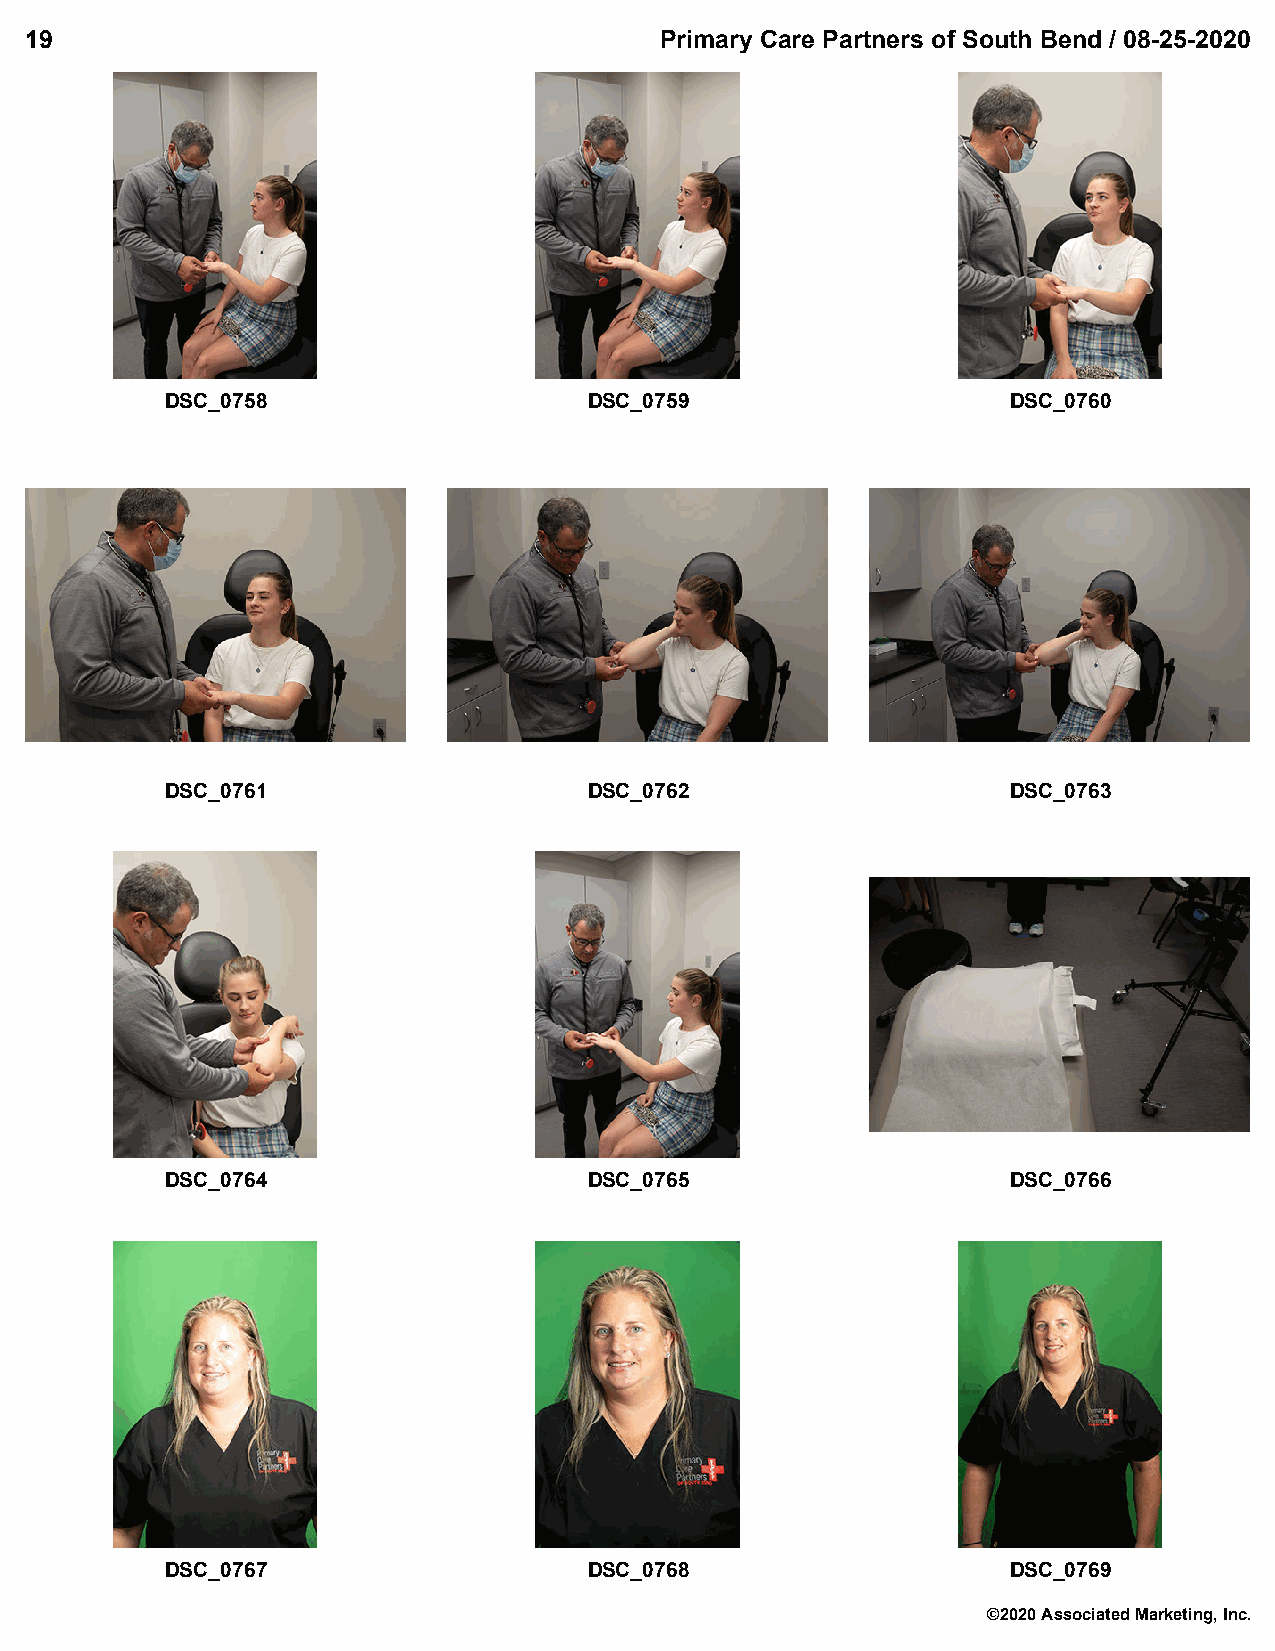
19                                        Primary Care Partners of South Bend / 08-25-2020
 DSC_0758                    DSC_0759                    DSC_0760
 DSC_0761                    DSC_0762                    DSC_0763
 DSC_0764                    DSC_0765                    DSC_0766
 DSC_0767                    DSC_0768                    DSC_0769
 ©2020 Associated Marketing, Inc.